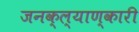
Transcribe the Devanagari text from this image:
जनक्ल्याण्कारी